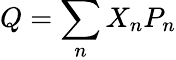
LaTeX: Q=\sum_{n}X_{n}P_{n}